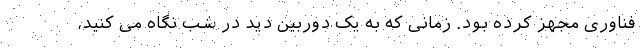
فناوری مجهز کرده بود. زمانی که به یک دوربین دید در شب نگاه می کنید،